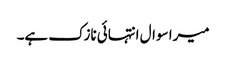
میرا سوال انتہائی نازک ہے۔